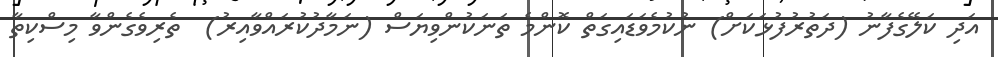
އަދި ކަލޭގެފާނު (ދަތުރުފުޅަކަށް) ނުކުމެވަޑައިގަތް ކޮންމެ ތަނަކުންވިޔަސް (ނަމާދުކުރައްވާއިރު)  ތެރިވެގެންވާ މިސްކިތާ